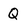
Character: Q